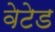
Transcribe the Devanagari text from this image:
वेटेड